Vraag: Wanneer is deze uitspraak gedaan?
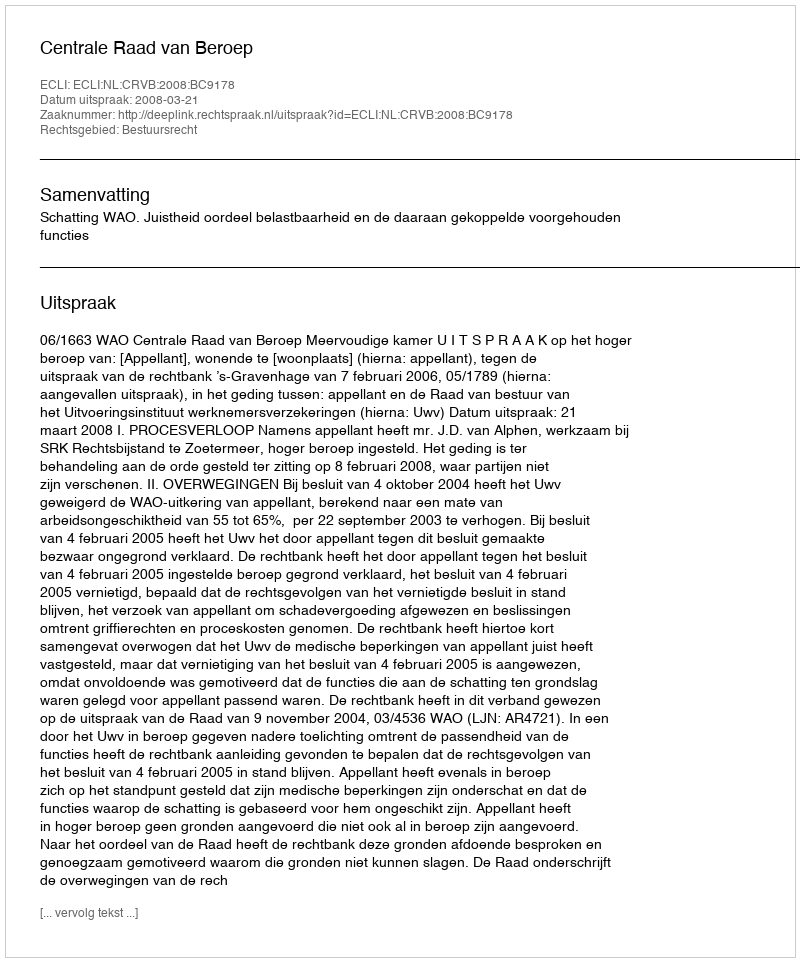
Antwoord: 2008-03-21